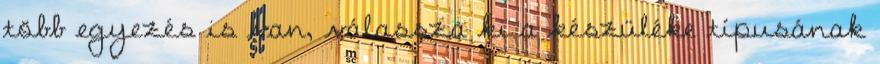
több egyezés is van, válassza ki a készüléke típusának